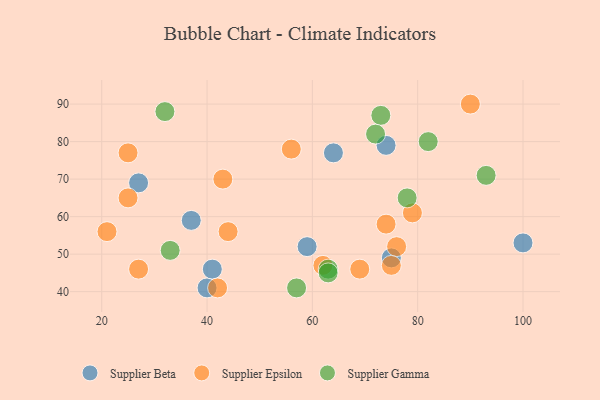
{"axis": {"x": "GDP", "y": "Life Expectancy"}, "legend": ["Supplier Beta", "Supplier Epsilon", "Supplier Gamma"], "data": [{"x": "40", "y": 41, "type": "Supplier Beta"}, {"x": "41", "y": 46, "type": "Supplier Beta"}, {"x": "59", "y": 52, "type": "Supplier Beta"}, {"x": "27", "y": 69, "type": "Supplier Beta"}, {"x": "74", "y": 79, "type": "Supplier Beta"}, {"x": "75", "y": 49, "type": "Supplier Beta"}, {"x": "37", "y": 59, "type": "Supplier Beta"}, {"x": "100", "y": 53, "type": "Supplier Beta"}, {"x": "64", "y": 77, "type": "Supplier Beta"}, {"x": "62", "y": 47, "type": "Supplier Epsilon"}, {"x": "25", "y": 77, "type": "Supplier Epsilon"}, {"x": "76", "y": 52, "type": "Supplier Epsilon"}, {"x": "42", "y": 41, "type": "Supplier Epsilon"}, {"x": "74", "y": 58, "type": "Supplier Epsilon"}, {"x": "79", "y": 61, "type": "Supplier Epsilon"}, {"x": "44", "y": 56, "type": "Supplier Epsilon"}, {"x": "90", "y": 90, "type": "Supplier Epsilon"}, {"x": "25", "y": 65, "type": "Supplier Epsilon"}, {"x": "75", "y": 47, "type": "Supplier Epsilon"}, {"x": "56", "y": 78, "type": "Supplier Epsilon"}, {"x": "21", "y": 56, "type": "Supplier Epsilon"}, {"x": "43", "y": 70, "type": "Supplier Epsilon"}, {"x": "69", "y": 46, "type": "Supplier Epsilon"}, {"x": "27", "y": 46, "type": "Supplier Epsilon"}, {"x": "93", "y": 71, "type": "Supplier Gamma"}, {"x": "33", "y": 51, "type": "Supplier Gamma"}, {"x": "63", "y": 46, "type": "Supplier Gamma"}, {"x": "57", "y": 41, "type": "Supplier Gamma"}, {"x": "73", "y": 87, "type": "Supplier Gamma"}, {"x": "32", "y": 88, "type": "Supplier Gamma"}, {"x": "78", "y": 65, "type": "Supplier Gamma"}, {"x": "72", "y": 82, "type": "Supplier Gamma"}, {"x": "82", "y": 80, "type": "Supplier Gamma"}, {"x": "63", "y": 45, "type": "Supplier Gamma"}]}